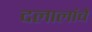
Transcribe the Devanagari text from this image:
दलालांचे